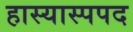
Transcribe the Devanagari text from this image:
हास्यास्पपद